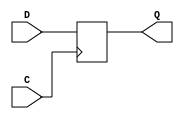
/* Generated by Yosys 0.28+1 (git sha1 a9c792dce, clang 10.0.0-4ubuntu1 -fPIC -Os) */

(* hdlname = "\\\\DFF" *)
(* top =  1  *)
(* src = "cells.v:14.1-19.10" *)
module DFF(C, D, Q);
  (* src = "cells.v:15.7-15.8" *)
  input C;
  wire C;
  (* src = "cells.v:15.10-15.11" *)
  input D;
  wire D;
  (* src = "cells.v:16.12-16.13" *)
  output Q;
  reg Q;
  (* src = "cells.v:17.1-18.9" *)
  always @(posedge C)
    Q <= D;
endmodule